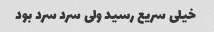
خیلی سریع رسید ولی سرد سرد بود